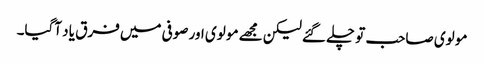
مو لوی صاحب تو چلے گئے لیکن مجھے مو لوی اور صوفی میں فرق یا د آگیا۔